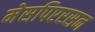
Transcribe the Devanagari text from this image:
मेसपिएरसन